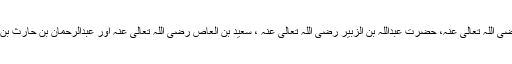
یہ نسخہ حضرت زید بن ثابت رضی اللہ تعالی عنہ، حضرت عبداللہ بن الزبیر رضی اللہ تعالی عنہ ، سعید بن العاص رضی اللہ تعالی عنہ اور عبدالرحمان بن حارث بن ہاشم کی مدد سے ترتیب دیا گیا۔